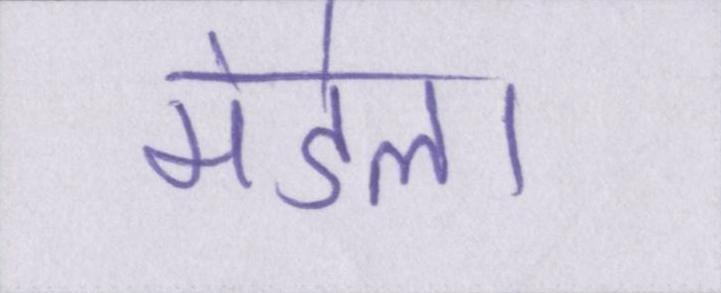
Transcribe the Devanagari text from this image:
मंडेला